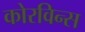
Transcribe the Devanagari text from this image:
कोरविन्स